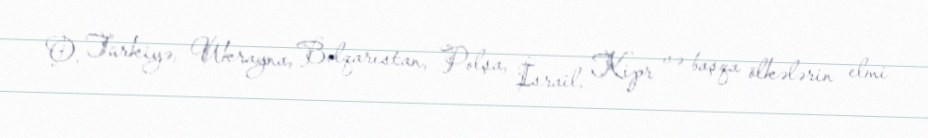
O, Türkiyə, Ukrayna, Bolqarıstan, Polşa, İsrail, Kipr və başqa ölkələrin elmi